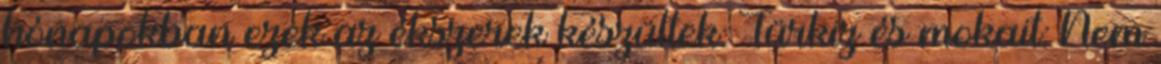
hónapokban ezek az ékszerek készültek: Türkiz és mokait: Nem